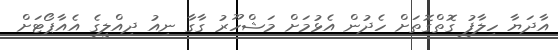
އާދަޔާ ހިލާފު ގޮތްގޮތަށް ހެދުން އެޅުމަށް މަޝްހޫރު ގާގާ ނިއު ދިއްލީގެ އެއާޕޯޓަށް